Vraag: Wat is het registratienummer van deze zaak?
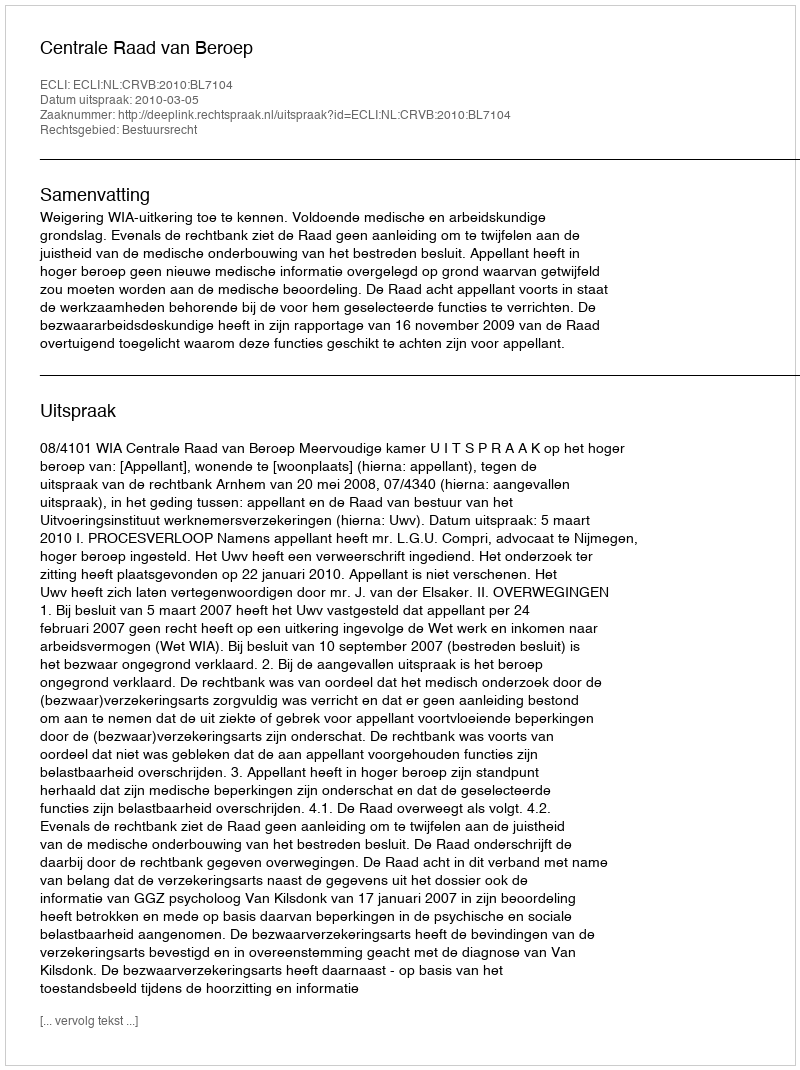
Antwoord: http://deeplink.rechtspraak.nl/uitspraak?id=ECLI:NL:CRVB:2010:BL7104